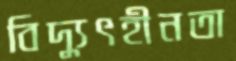
বিদ্যুৎহীনতা